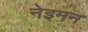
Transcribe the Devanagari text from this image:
नेइमन